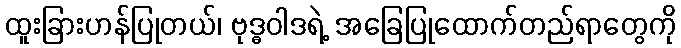
ထူးခြားဟန်ပြုတယ်၊ ဗုဒ္ဓဝါဒရဲ့ အခြေပြုထောက်တည်ရာတွေကို